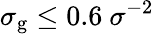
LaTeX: \sigma_{\mathrm{g}}\leq 0.6~\sigma^{-2}